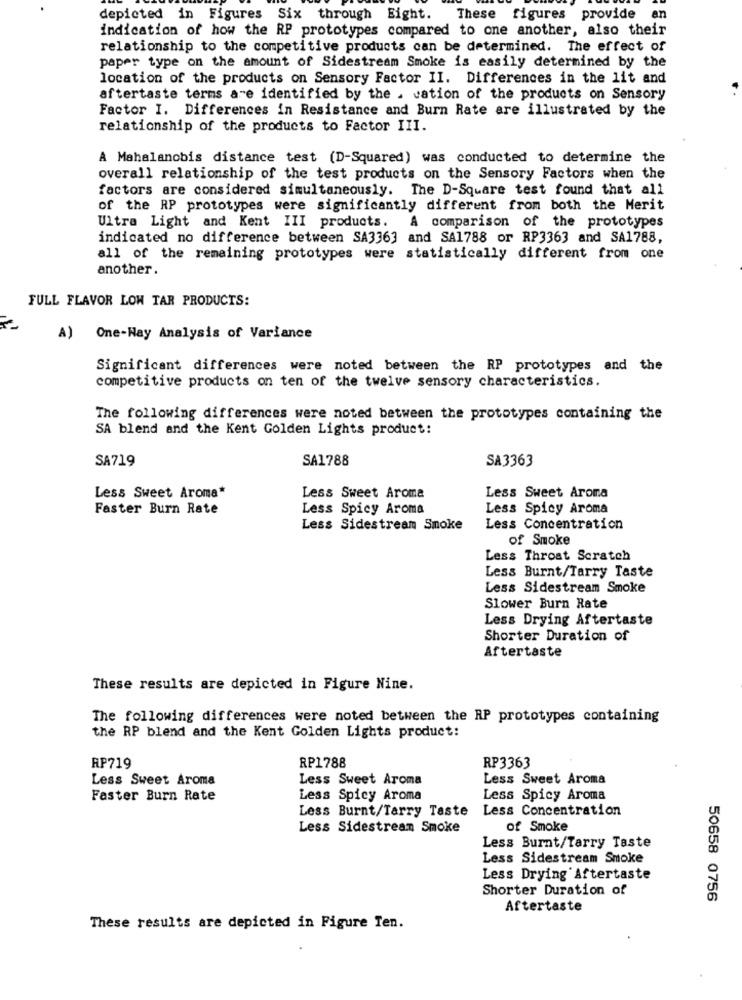
depicted in Figures Six through Eight.
These figures provide an
indication of how the RP prototypes compared to one another, also their
relationship to the competitive products can be determined. The effect of
paper type on the amount of Sidestream Smoke is easily determined by the
location of the products on Sensory Factor II. Differences in the lit and
aftertaste terms are identified by the . cation of the products on Sensory
Factor I. Differences in Resistance and Burn Rate are illustrated by the
relationship of the products to Factor III.
A Mahalanobis distance test (D-Squared) was conducted to determine the
overall relationship of the test products on the Sensory Factors when the
factors are considered simultaneously. The D-Square test found that all
of the RP prototypes were significantly different from both the Merit
Ultra Light and Kent III products. A comparison of the prototypes
indicated no difference between SA3363 and SA1788 or RP3363 and SA1788,
all of the remaining prototypes were statistically different from one
another.
FULL FLAVOR LOW TAR PRODUCTS:
A) One-Nay Analysis of Variance
Significant differences were noted between the RP prototypes and the
competitive products on ten of the twelve sensory characteristics.
The following differences were noted between the prototypes containing the
SA blend and the Kent Golden Lights product:
SA719
SA1788
SA3363
Less Sweet Aroma
Less Sweet Aroma*
Less Sweet Aroma
Faster Burn Rate
Less Spicy Aroma
Less Spicy Aroma
Less Sidestream Smoke
Less Concentration
of Smoke
Less Throat Scratch
Less Burnt/Tarry Taste
Less Sidestream Smoke
Slower Burn Rate
Less Drying Aftertaste
Shorter Duration of
Aftertaste
These results are depicted in Figure Nine.
The following differences were noted between the RP prototypes containing
the RP blend and the Kent Golden Lights product:
RP719
RP1788
RP3363
Less Sweet Aroma
Less Sweet Aroma
Less Sweet Aroma
Faster Burn Rate
Less Spicy Aroma
Less Spicy Aroma
Less Burnt/Tarry Taste
Less Concentration
Less Sidestream Smoke
of Smoke
Less Burnt/Tarry Taste
Less Sidestream Smoke
Less Drying Aftertaste
Shorter Duration of
50658 0756
Aftertaste
These results are depicted in Figure Ten.